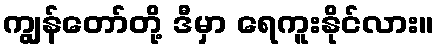
ကျွန်တော်တို့ ဒီမှာ ရေကူးနိုင်လား။